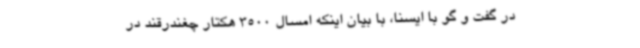
در گفت و گو با ایسنا، با بیان اینکه امسال 3500 هکتار چغندرقند در